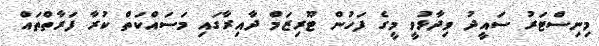
މިނިސްޓަރު ސައީދު ވިދާޅުވީ މީގެ ފަހުން ޓޫރިޒަމް ދާއިރާގައި މަސައްކަތް ކުރާ ފަރާތްތައް